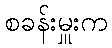
စခန်းမှူးက